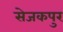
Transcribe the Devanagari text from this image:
सेजकपुर